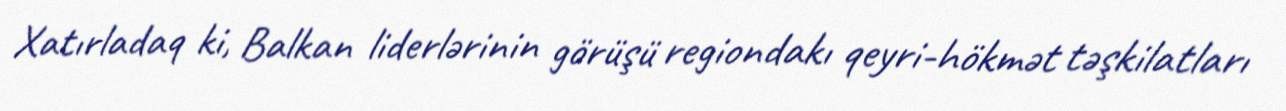
Xatırladaq ki, Balkan liderlərinin görüşü regiondakı qeyri-hökmət təşkilatları